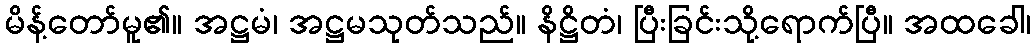
မိန့်တော်မူ၏။ အဋ္ဌမံ၊ အဋ္ဌမသုတ်သည်။ နိဋ္ဌိတံ၊ ပြီးခြင်းသို့ရောက်ပြီ။ အထခေါ၊